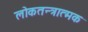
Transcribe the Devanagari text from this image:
लोकतन्त्रात्मक